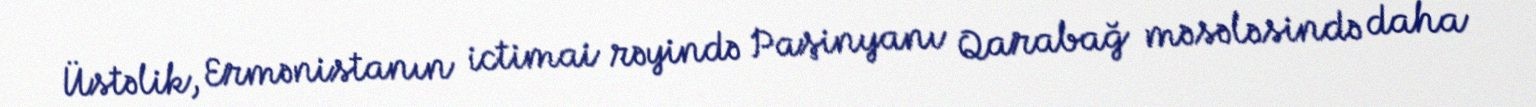
Üstəlik, Ermənistanın ictimai rəyində Paşinyanı Qarabağ məsələsində daha